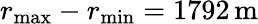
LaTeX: r_{\mathrm{max}}-r_{\mathrm{min}}=1792\, \mathrm{m}